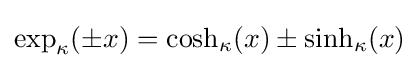
\exp _{\kappa }(\pm x)=\cosh _{\kappa }(x)\pm \sinh _{\kappa }(x)